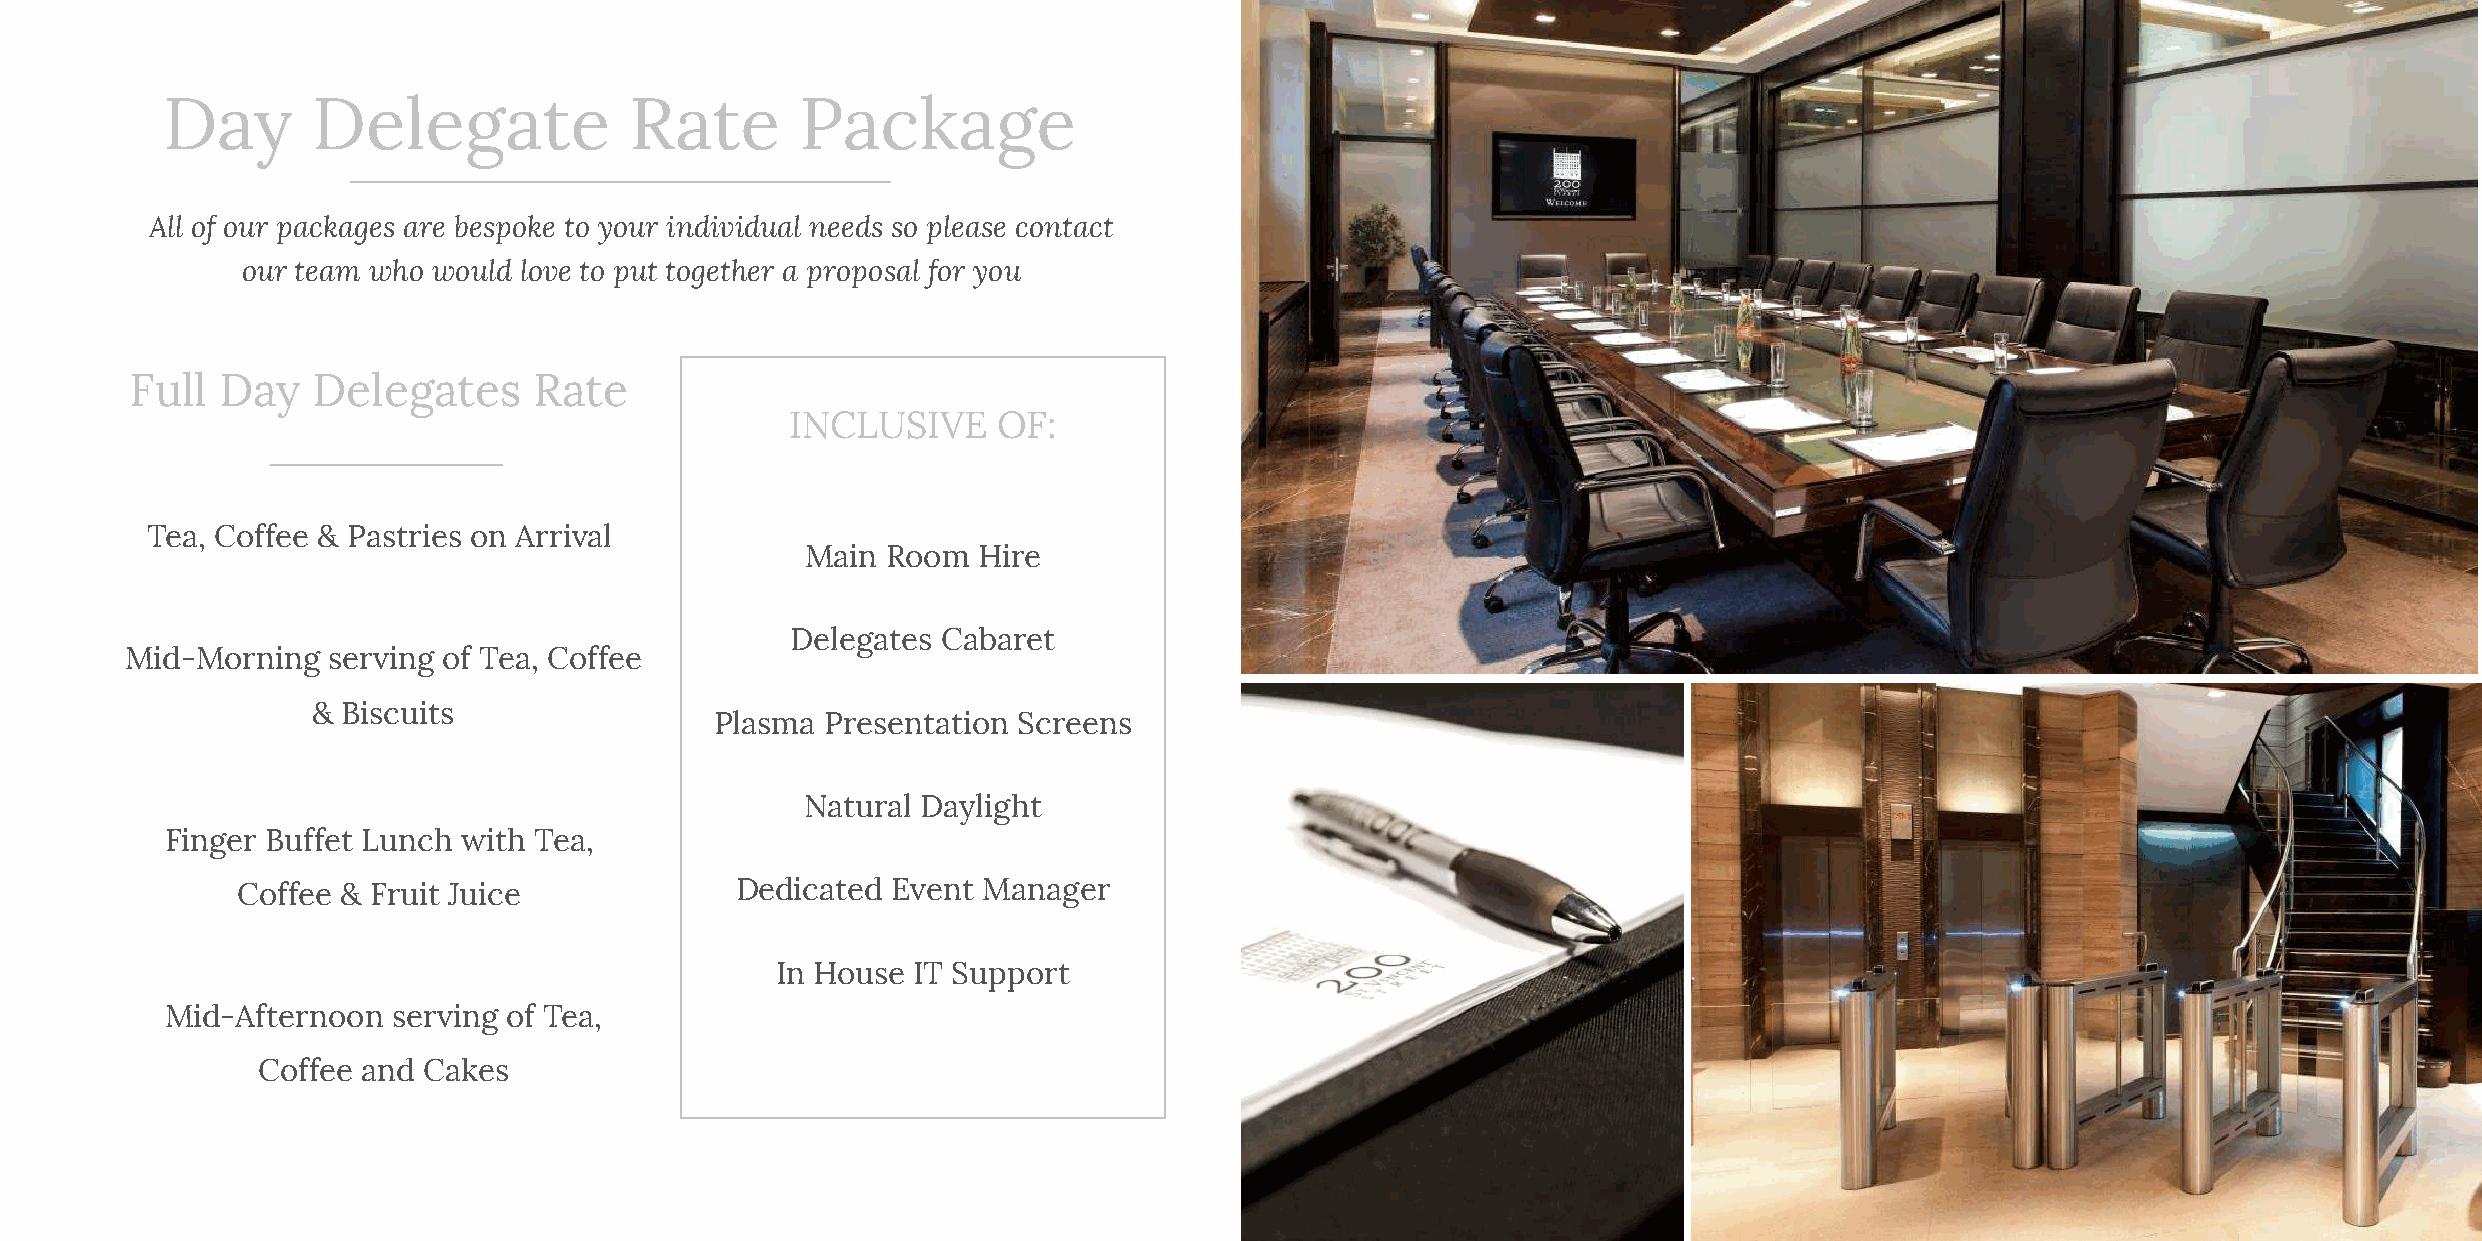
Day       Delegate             Rate       Package
 All of our packages are bespoke to your individual needs so please contact
 our team who would love to put together a proposal for you
 Full Day    Delegates     Rate
 INCLUSIVE     OF:
 Tea, Coffee & Pastries on Arrival
 Main  Room  Hire
 Delegates Cabaret
 Mid-Morning   serving of Tea, Coffee
 & Biscuits
 Plasma  Presentation Screens
 Natural Daylight
 Finger Buffet Lunch with Tea,
 Coffee & Fruit Juice             Dedicated Event Manager
 In House IT Support
 Mid-Afternoon  serving of Tea,
 Coffee and Cakes